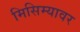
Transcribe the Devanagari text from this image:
मिसिम्यावर